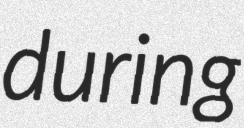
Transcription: during